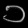
Digit: ၁